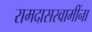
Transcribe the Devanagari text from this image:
रामदासस्वामींना